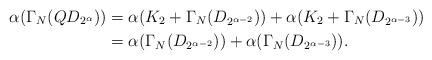
LaTeX: \begin{align*}\alpha(\Gamma_N(QD_{2^\alpha}))&=\alpha(K_2+\Gamma_N(D_{2^{\alpha-2}}))+\alpha(K_2+\Gamma_N(D_{2^{\alpha-3}})) \\&=\alpha(\Gamma_N(D_{2^{\alpha-2}}))+\alpha(\Gamma_N(D_{2^{\alpha-3}})).\end{align*}